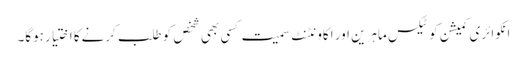
انکوائری کمیشن کو ٹیکس ماہرین اور اکاونٹنٹ سمیت کسی بھی شخص کو طلب کرنےکا اختیار ہوگا۔